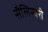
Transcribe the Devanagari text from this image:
सैलिस्बरी